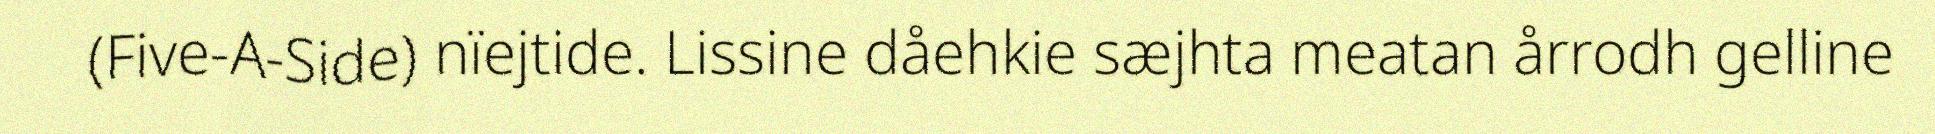
(Five-A-Side) nïejtide. Lissine dåehkie sæjhta meatan årrodh gelline